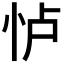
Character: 𱞋